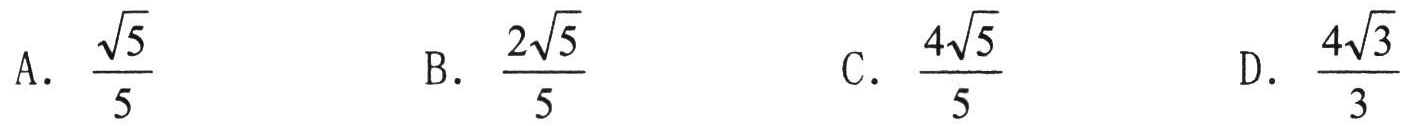
A. $\dfrac{\sqrt{5}}{5}$
B. $\dfrac{2\sqrt{5}}{5}$
C. $\dfrac{4\sqrt{5}}{5}$
D. $\dfrac{4\sqrt{3}}{3}$